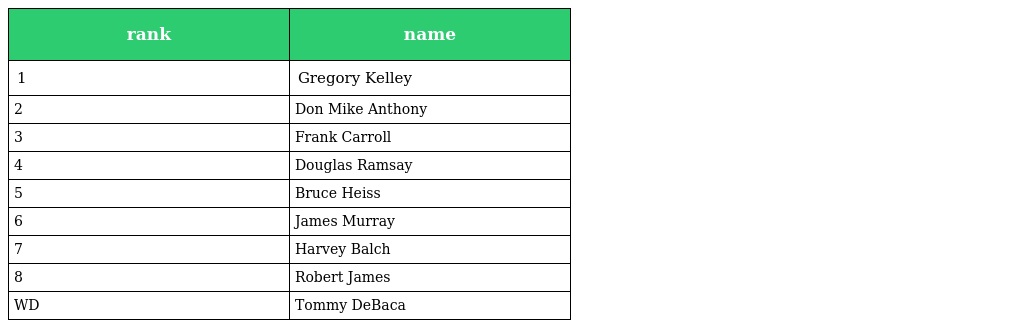
| rank | name |
 | --- | --- |
 | 1 | Gregory Kelley |
 | 2 | Don Mike Anthony |
 | 3 | Frank Carroll |
 | 4 | Douglas Ramsay |
 | 5 | Bruce Heiss |
 | 6 | James Murray |
 | 7 | Harvey Balch |
 | 8 | Robert James |
 | WD | Tommy DeBaca |